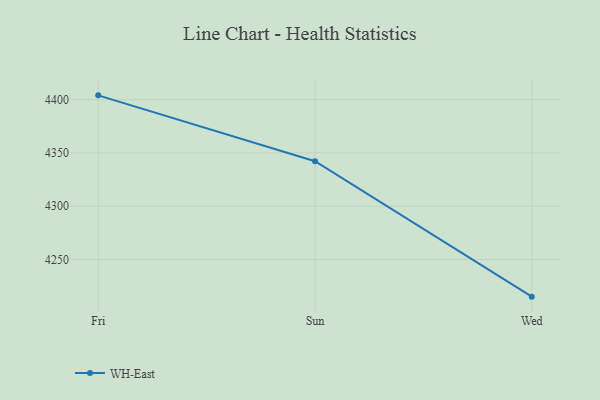
{"axis": {"x": "Day", "y": "Satisfaction Score"}, "legend": ["WH-East"], "data": [{"x": "Fri", "y": 4404.0, "type": "WH-East"}, {"x": "Sun", "y": 4342.2, "type": "WH-East"}, {"x": "Wed", "y": 4215.1, "type": "WH-East"}]}